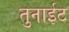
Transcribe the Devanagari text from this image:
तुनाईट